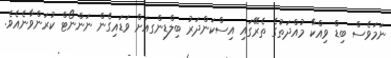
ނަމަވެސް ބިޑް ވިއްކާ މުއްދަތުގެ ތެރޭގައި އިސްކަންދަރު ބިލްޑިންގއަށް ވަޑައިގެން ނަންނޯޓް ކުރަންވާނެއެވެ.